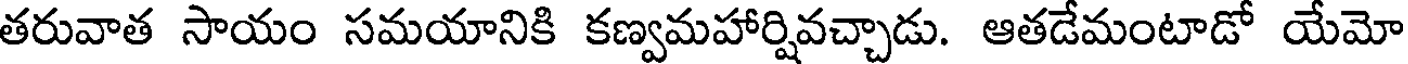
తరువాత సాయం సమయానికి కణ్వమహార్షివచ్చాడు. ఆతడేమంటాడో యేమో